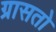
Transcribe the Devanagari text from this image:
ग्रासतो